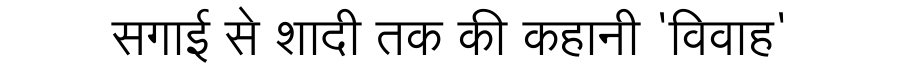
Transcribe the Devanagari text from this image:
सगाई से शादी तक की कहानी 'विवाह'